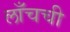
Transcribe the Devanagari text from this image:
लाँचची